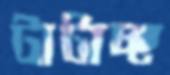
টাটাচ্ছ